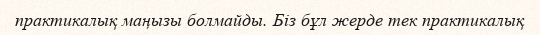
практикалық маңызы болмайды. Біз бұл жерде тек практикалық